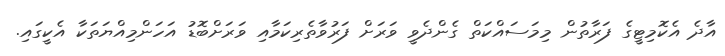
އާދެ އެކޮމިޓީގެ ފަރާތުން މިމަސައްކަތް ގެންދެވީ ވަރަށް ފަރުވާތެރިކަމާއި ވަރަށްބޮޑު އަހަންމިއްޔަތަކާ އެކީގައި.